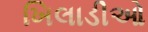
ખિલાડીઓ